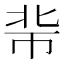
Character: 𢂖